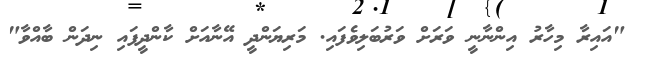
"އައިރާ މިހާރު އިންނާނީ ވަރަށް ވަރުބަލިވެފައި. މަރިޔަންދީ އޭނާއަށް ކާންދީފައި ނިދަން ބާއްވާ"